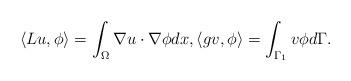
LaTeX: \begin{align*}\langle Lu, \phi\rangle = \int_\Omega \nabla u\cdot\nabla \phi dx,\langle g v, \phi\rangle=\int_{\Gamma_1} v\phi d\Gamma. \end{align*}